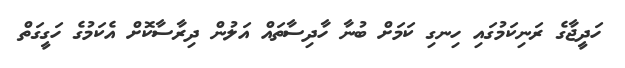
ހަދީޖާގެ ރަނިކަމުގައި ހިނގި ކަމަށް ބުނާ ހާދިސާތައް އަލުން ދިރާސާކޮށް އެކަމުގެ ހަގީގަތް